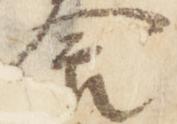
食